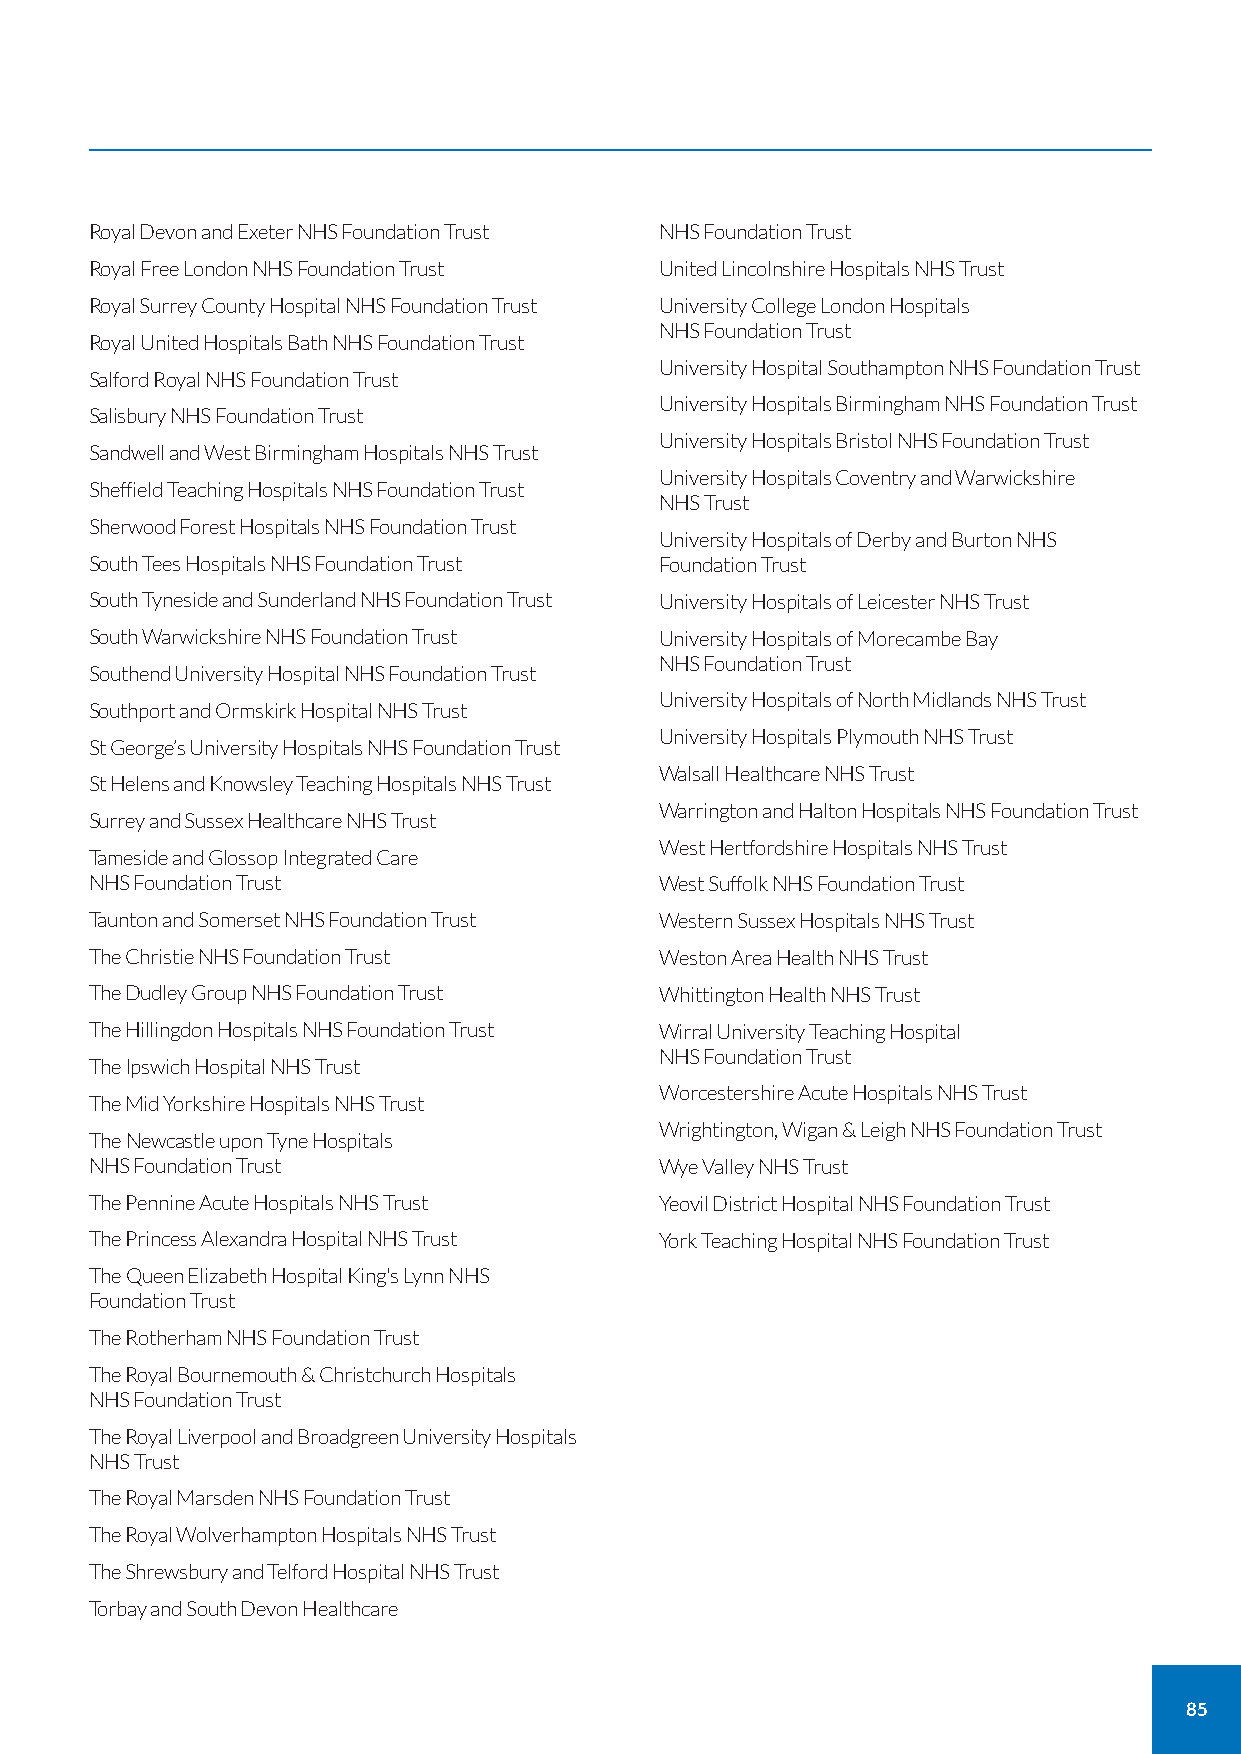
Royal Devon and Exeter NHS Foundation Trust NHS Foundation Trust
 Royal Free London NHS Foundation Trust United Lincolnshire Hospitals NHS Trust
 Royal Surrey County Hospital NHS Foundation Trust University College London Hospitals
 NHS Foundation Trust
 Royal United Hospitals Bath NHS Foundation Trust
 University Hospital Southampton NHS Foundation Trust
 Salford Royal NHS Foundation Trust
 University Hospitals Birmingham NHS Foundation Trust
 Salisbury NHS Foundation Trust
 University Hospitals Bristol NHS Foundation Trust
 Sandwell and West Birmingham Hospitals NHS Trust
 University Hospitals Coventry and Warwickshire
 Sheffield Teaching Hospitals NHS Foundation Trust
 NHS Trust
 Sherwood Forest Hospitals NHS Foundation Trust
 University Hospitals of Derby and Burton NHS
 South Tees Hospitals NHS Foundation Trust Foundation Trust
 South Tyneside and Sunderland NHS Foundation Trust University Hospitals of Leicester NHS Trust
 South Warwickshire NHS Foundation Trust University Hospitals of Morecambe Bay
 NHS Foundation Trust
 Southend University Hospital NHS Foundation Trust
 University Hospitals of North Midlands NHS Trust
 Southport and Ormskirk Hospital NHS Trust
 University Hospitals Plymouth NHS Trust
 St George’s University Hospitals NHS Foundation Trust
 Walsall Healthcare NHS Trust
 St Helens and Knowsley Teaching Hospitals NHS Trust
 Warrington and Halton Hospitals NHS Foundation Trust
 Surrey and Sussex Healthcare NHS Trust
 West Hertfordshire Hospitals NHS Trust
 Tameside and Glossop Integrated Care
 NHS Foundation Trust                  West Suffolk NHS Foundation Trust
 Taunton and Somerset NHS Foundation Trust Western Sussex Hospitals NHS Trust
 The Christie NHS Foundation Trust     Weston Area Health NHS Trust
 The Dudley Group NHS Foundation Trust Whittington Health NHS Trust
 The Hillingdon Hospitals NHS Foundation Trust Wirral University Teaching Hospital
 NHS Foundation Trust
 The Ipswich Hospital NHS Trust
 Worcestershire Acute Hospitals NHS Trust
 The Mid Yorkshire Hospitals NHS Trust
 Wrightington, Wigan & Leigh NHS Foundation Trust
 The Newcastle upon Tyne Hospitals
 NHS Foundation Trust                  Wye Valley NHS Trust
 The Pennine Acute Hospitals NHS Trust Yeovil District Hospital NHS Foundation Trust
 The Princess Alexandra Hospital NHS Trust York Teaching Hospital NHS Foundation Trust
 The Queen Elizabeth Hospital King's Lynn NHS
 Foundation Trust
 The Rotherham NHS Foundation Trust
 The Royal Bournemouth & Christchurch Hospitals
 NHS Foundation Trust
 The Royal Liverpool and Broadgreen University Hospitals
 NHS Trust
 The Royal Marsden NHS Foundation Trust
 The Royal Wolverhampton Hospitals NHS Trust
 The Shrewsbury and Telford Hospital NHS Trust
 Torbay and South Devon Healthcare
 85